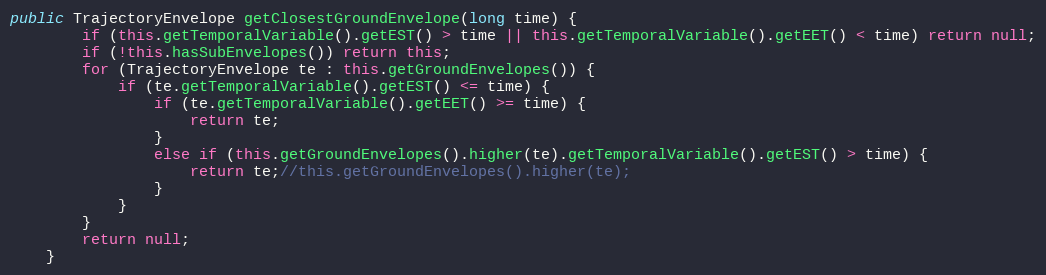
Language: Java
public TrajectoryEnvelope getClosestGroundEnvelope(long time) {
		if (this.getTemporalVariable().getEST() > time || this.getTemporalVariable().getEET() < time) return null;
		if (!this.hasSubEnvelopes()) return this;
		for (TrajectoryEnvelope te : this.getGroundEnvelopes()) {
			if (te.getTemporalVariable().getEST() <= time) {
				if (te.getTemporalVariable().getEET() >= time) {
					return te;
				}
				else if (this.getGroundEnvelopes().higher(te).getTemporalVariable().getEST() > time) {
					return te;//this.getGroundEnvelopes().higher(te);
				}
			}
		}
		return null;
	}